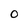
Character: 0